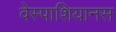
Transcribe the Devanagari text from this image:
वेस्पाशियानस